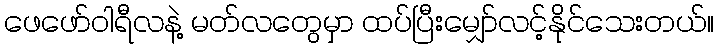
ဖေဖော်ဝါရီလနဲ့ မတ်လတွေမှာ ထပ်ပြီးမျှော်လင့်နိုင်သေးတယ်။